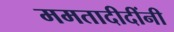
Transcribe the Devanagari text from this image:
ममतादीदींनी